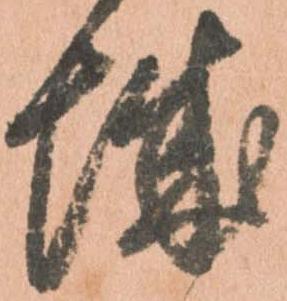
城